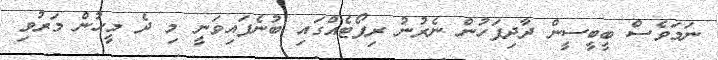
ނަމަވެސް ބީބީސީން ދާދިފަހުން ނެރުނު ރިޕޯޓެއްގައި ބުނެފައިވަނީ މި ދެ މީހުން މަރުވި